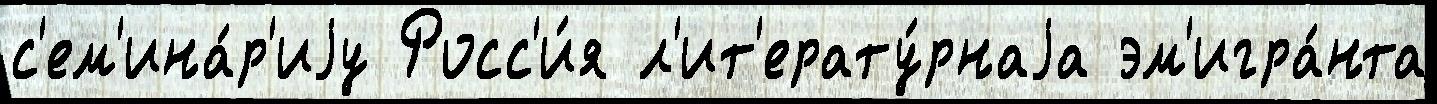
с'ем'ина́р'иjу Росс'и́я л'ит'ерату́рнаjа эм'игра́нта